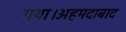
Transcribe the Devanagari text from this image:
गया।अहमदाबाद